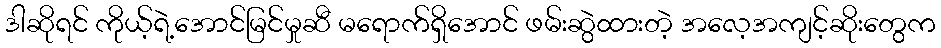
ဒါဆိုရင် ကိုယ့်ရဲ့အောင်မြင်မှုဆီ မရောက်ရှိအောင် ဖမ်းဆွဲထားတဲ့ အလေ့အကျင့်ဆိုးတွေက